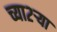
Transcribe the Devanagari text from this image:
च्या२ऱ्या